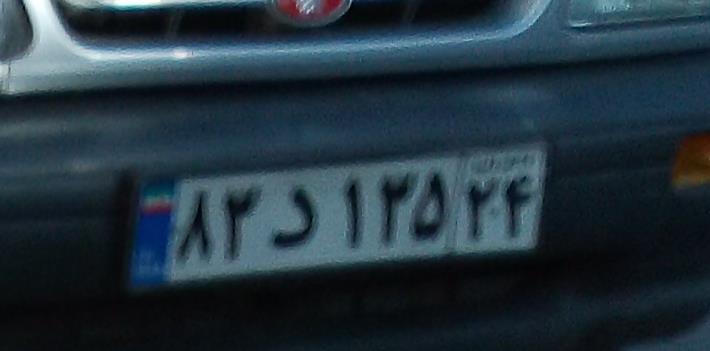
۸۳د۱۳۵۲۴